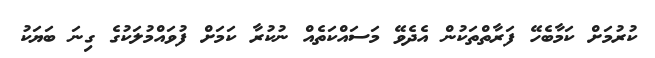
ކުރުމަށް ކަމާބެހޭ ފަރާތްތަކުން އެދެވޭ މަސައްކަތެއް ނުކުރާ ކަމަށް ފުވައްމުލަކުގެ ގިނަ ބަޔަކު